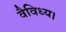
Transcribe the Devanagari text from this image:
वैविध्य।